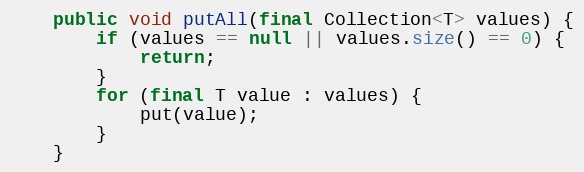
Language: Java
    public void putAll(final Collection<T> values) {
        if (values == null || values.size() == 0) {
            return;
        }
        for (final T value : values) {
            put(value);
        }
    }